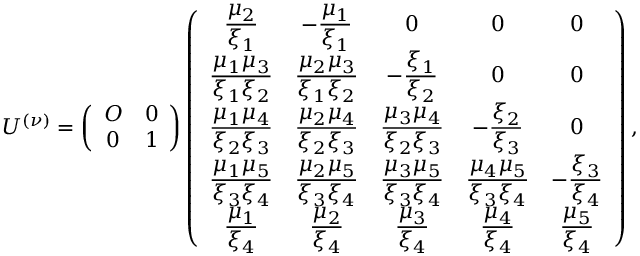
U ^ { ( \nu ) } = \left( \begin{array} { c c } { { { \cal O } } } & { { 0 } } \\ { { 0 } } & { { 1 } } \end{array} \right) \left( \begin{array} { c c c c c } { { \displaystyle { { \frac { \mu _ { 2 } } { \xi _ { 1 } } } } } } & { { \displaystyle { - { \frac { \mu _ { 1 } } { \xi _ { 1 } } } } } } & { { 0 } } & { { 0 } } & { { 0 } } \\ { { \displaystyle { { \frac { \mu _ { 1 } \mu _ { 3 } } { \xi _ { 1 } \xi _ { 2 } } } } } } & { { \displaystyle { { \frac { \mu _ { 2 } \mu _ { 3 } } { \xi _ { 1 } \xi _ { 2 } } } } } } & { { \displaystyle { - { \frac { \xi _ { 1 } } { \xi _ { 2 } } } } } } & { { 0 } } & { { 0 } } \\ { { \displaystyle { { \frac { \mu _ { 1 } \mu _ { 4 } } { \xi _ { 2 } \xi _ { 3 } } } } } } & { { \displaystyle { { \frac { \mu _ { 2 } \mu _ { 4 } } { \xi _ { 2 } \xi _ { 3 } } } } } } & { { \displaystyle { { \frac { \mu _ { 3 } \mu _ { 4 } } { \xi _ { 2 } \xi _ { 3 } } } } } } & { { \displaystyle { - { \frac { \xi _ { 2 } } { \xi _ { 3 } } } } } } & { { 0 } } \\ { { \displaystyle { { \frac { \mu _ { 1 } \mu _ { 5 } } { \xi _ { 3 } \xi _ { 4 } } } } } } & { { \displaystyle { { \frac { \mu _ { 2 } \mu _ { 5 } } { \xi _ { 3 } \xi _ { 4 } } } } } } & { { \displaystyle { { \frac { \mu _ { 3 } \mu _ { 5 } } { \xi _ { 3 } \xi _ { 4 } } } } } } & { { \displaystyle { { \frac { \mu _ { 4 } \mu _ { 5 } } { \xi _ { 3 } \xi _ { 4 } } } } } } & { { \displaystyle { - { \frac { \xi _ { 3 } } { \xi _ { 4 } } } } } } \\ { { \displaystyle { { \frac { \mu _ { 1 } } { \xi _ { 4 } } } } } } & { { \displaystyle { { \frac { \mu _ { 2 } } { \xi _ { 4 } } } } } } & { { \displaystyle { { \frac { \mu _ { 3 } } { \xi _ { 4 } } } } } } & { { \displaystyle { { \frac { \mu _ { 4 } } { \xi _ { 4 } } } } } } & { { \displaystyle { { \frac { \mu _ { 5 } } { \xi _ { 4 } } } } } } \end{array} \right) ,